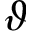
\vartheta